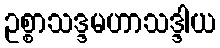
ဥစ္စာသဒ္ဒမဟာသဒ္ဒါယ